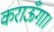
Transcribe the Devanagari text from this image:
कराऊँगा।